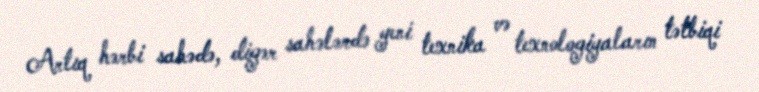
Artıq hərbi sahədə, digər sahələrdə yeni texnika və texnologiyaların tətbiqi